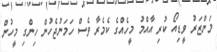
މަންޒަރު ވީޑިއޯ ކުރި އާއްމު މީހެއްގެ ކެމެރާ ވެސް ހަމަނުޖެހުން ހިންގި މީހުން